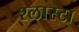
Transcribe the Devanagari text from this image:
श्लास्टा